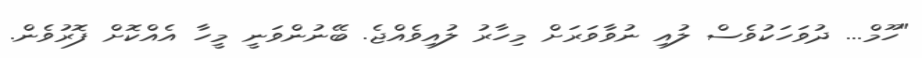
"ހޫމް... ދުވަހަކުވެސް ލުއި ނުވާވަރަށް މިހާރު ލުއިވެއްޖެ. ބޭނުންވަނީ މީހާ އެއްކޮށް ފޮރުވެން.